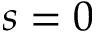
s { } = 0